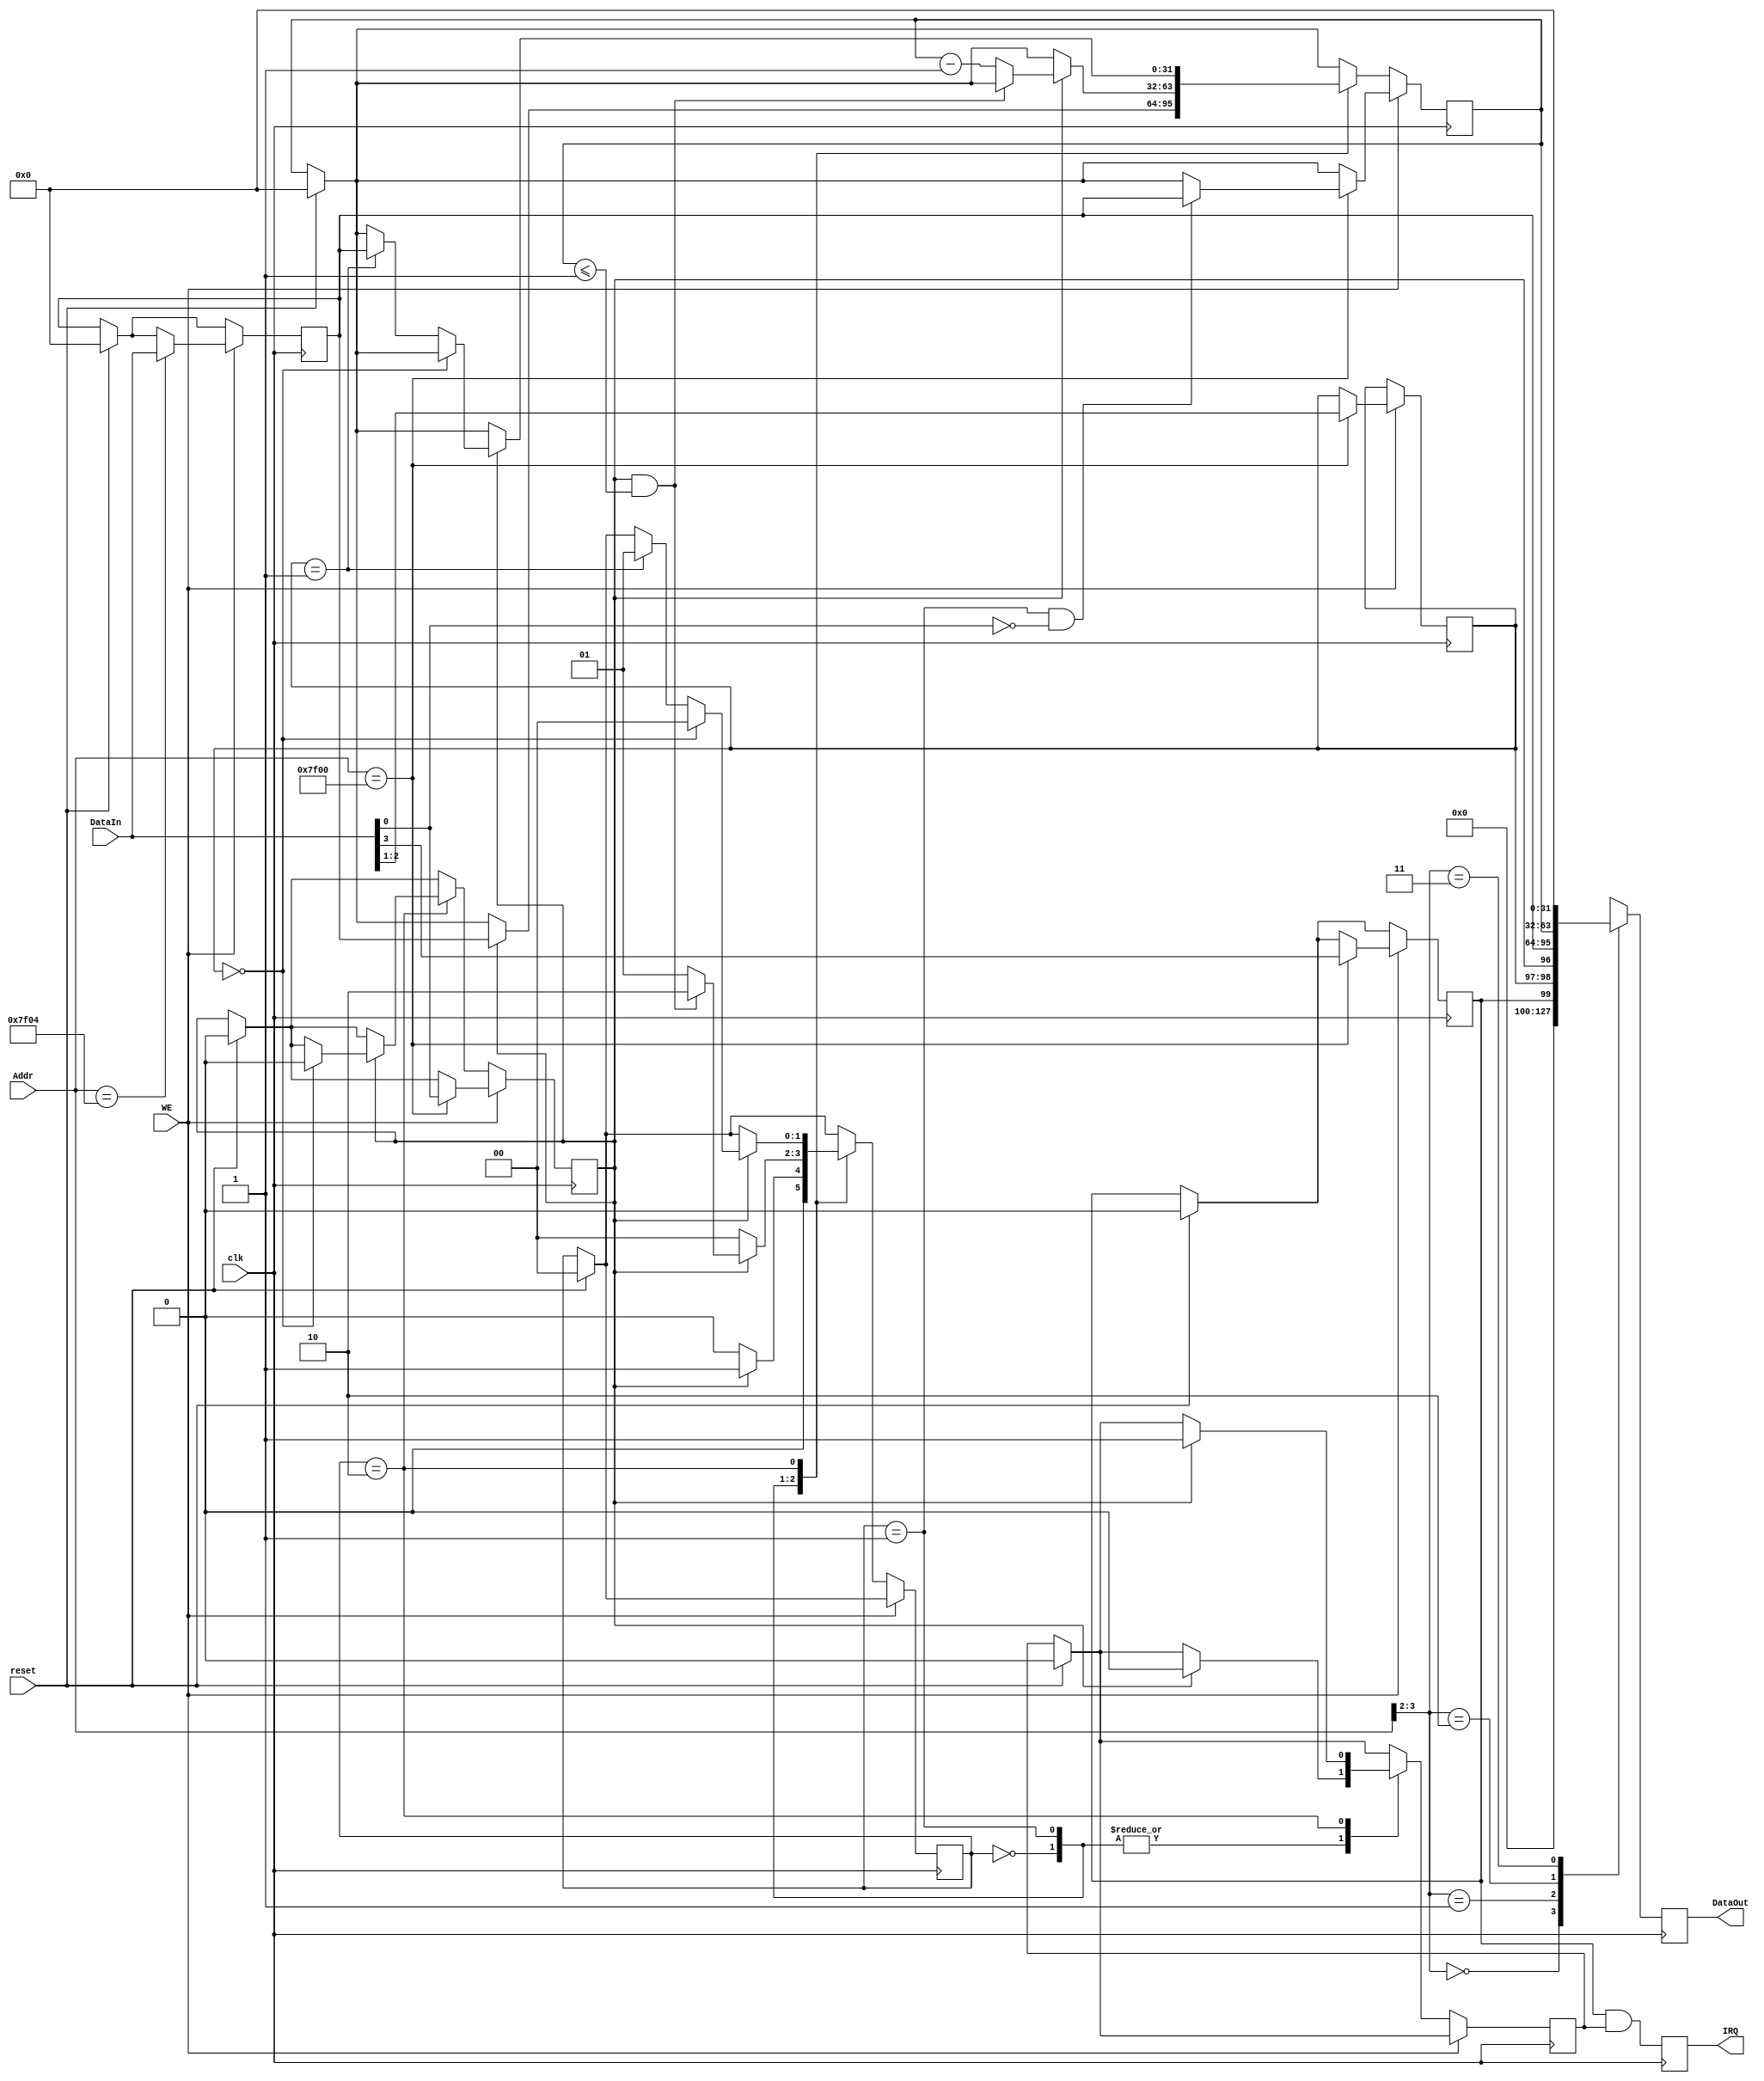
`timescale 1ns / 1ps
//////////////////////////////////////////////////////////////////////////////////
// Company: 
// Engineer: 
// 
// Design Name: 
// Module Name:    DEV0 
// Project Name: 
// Target Devices: 
// Tool versions: 
// Description: 
//
// Dependencies: 
//
// Revision: 
// Revision 0.01 - File Created
// Additional Comments: 
//
//////////////////////////////////////////////////////////////////////////////////
module DEV0(
    input clk,
    input reset,
    input [31:0] Addr,
    input WE,
    input [31:0] DataIn,
    output reg [31:0] DataOut,
    output reg IRQ
    );

	`define Idle 2'b00 
	`define Counting 2'b01 
	`define Interrupt 2'b10
	
	reg[1:0] state;
	reg[31:0] PRESET;
	reg[31:0] COUNT;
	reg[2:1] Mode;//
	reg IM;//
	reg Enable;//
	reg irq;
	
	always@(posedge clk) begin
		if(reset) begin
			PRESET<=0;
			COUNT<=0;
			state<=`Idle;
			IM<=0;
			Enable<=0;
			irq<=0;
		end
		if(WE) begin
			case(Addr) 
				32'h0000_7f00: begin //ctrl
					{IM,Mode,Enable} <= DataIn[3:0];
					// store  0 
					if(state == `Counting && DataIn[0]==1'b0) begin
						COUNT<=PRESET;
					end
				end
				32'h0000_7f04: begin
					PRESET<=DataIn;
				end
				32'h0000_7f08: begin
					//COUNT
				end
				default: begin
					//
				end
			endcase
		end
		else begin
			case(state) 
				`Idle: begin
					if(Enable==1'b1) begin
						state<=`Counting;
						COUNT<=PRESET;
						irq<=0;
					end
					else begin
						state<=`Idle;
					end
				end
				
				`Counting: begin
					if(Enable==1'b0) begin
						state<=`Idle;
					end
					else if(Enable==1'b1&&COUNT<=1) begin
						state<=`Interrupt;
						irq<=0;
					end
					else if(Enable==1'b1) begin
						state<=`Counting;
						COUNT<=COUNT-1;
						irq<=0;
					end
				end
				
				`Interrupt: begin
					if(Enable==1'b1) begin
						irq<=1;
						if(Mode==2'b00) begin
							Enable<=0;
							state<=`Idle;
						end
						else if(Mode==2'b01) begin
							state<=`Counting;
							COUNT<=PRESET;
						end
					end
				end
			endcase
		end
		//IRQ<=IM&&(Mode==2'b0)&&(COUNT==0);
		IRQ<=IM&&irq;
		case(Addr[3:2])
			2'b00: begin
				DataOut<={28'b0,IM,Mode,Enable};
			end
			2'b01: begin
				DataOut<=PRESET;
			end
			2'b10: begin
				DataOut<=COUNT;
			end
			2'b11: begin
				DataOut<=0;
			end
		endcase
	end
endmodule